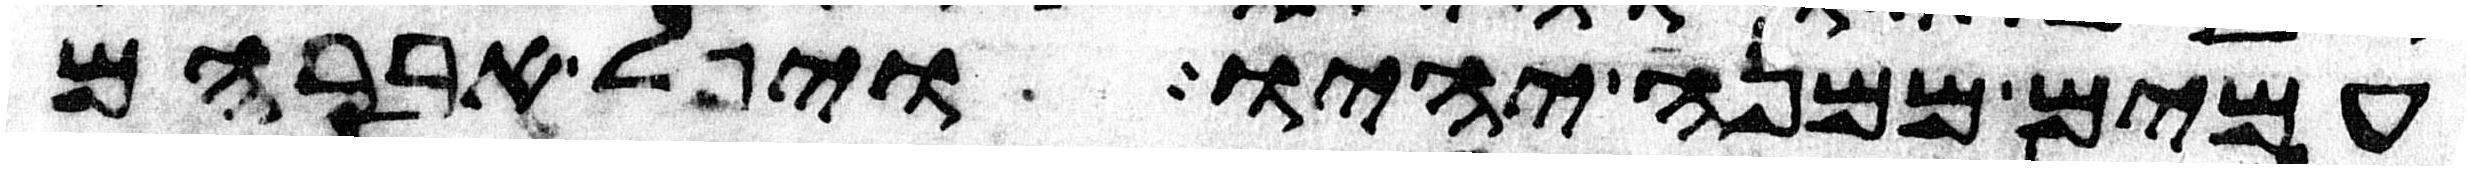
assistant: עמים ממנה יהיו ויפל אברהם